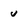
Character: u